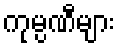
ကုမ္ပဏီများ